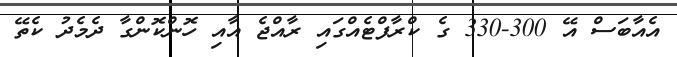
އެއާބަސް އޭ 300-330 ގެ ކްރާފްޓެއްގައި ރާއްޖެ އާއި ހޮންކޮންގާ ދެމެދު ކެތޭ